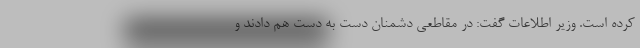
کرده است. وزیر اطلاعات گفت: در مقاطعی دشمنان دست به دست هم دادند و